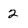
Character: 2